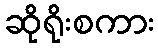
ဆိုရိုးစကား